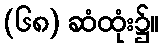
(၆၈) ဆံထုံး၌။